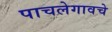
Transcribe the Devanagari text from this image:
पाचलेगावचे